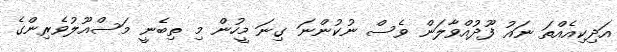
އަދިކިއެއްތަ ނައު ފޫދުއްވާލަން ވެސް ނުކުންނަ ގިނަ މީހުން މި ތިބެނީ މަސްއޫލުވެރިންގެ